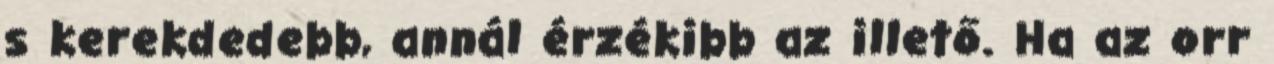
s kerekdedebb, annál érzékibb az illető. Ha az orr